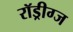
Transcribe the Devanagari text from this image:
रॉड्रीग्ज